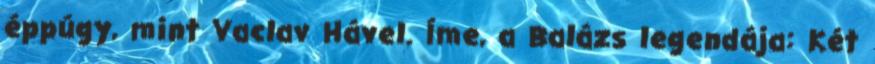
éppúgy, mint Vaclav Hável. Íme, a Balázs legendája: Két